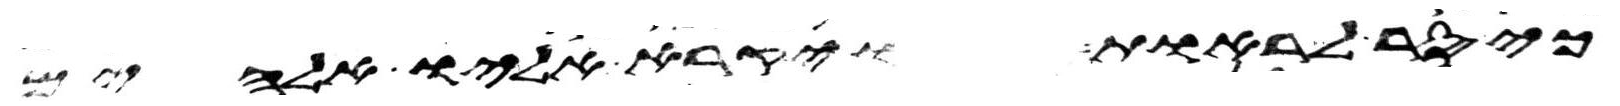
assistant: כי סר לראות ויקרא אליו אלהים